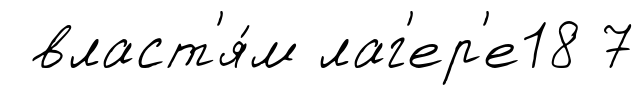
власт'я́м лаг'ер'е18 7